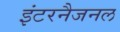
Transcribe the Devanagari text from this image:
इंटरनैजनल